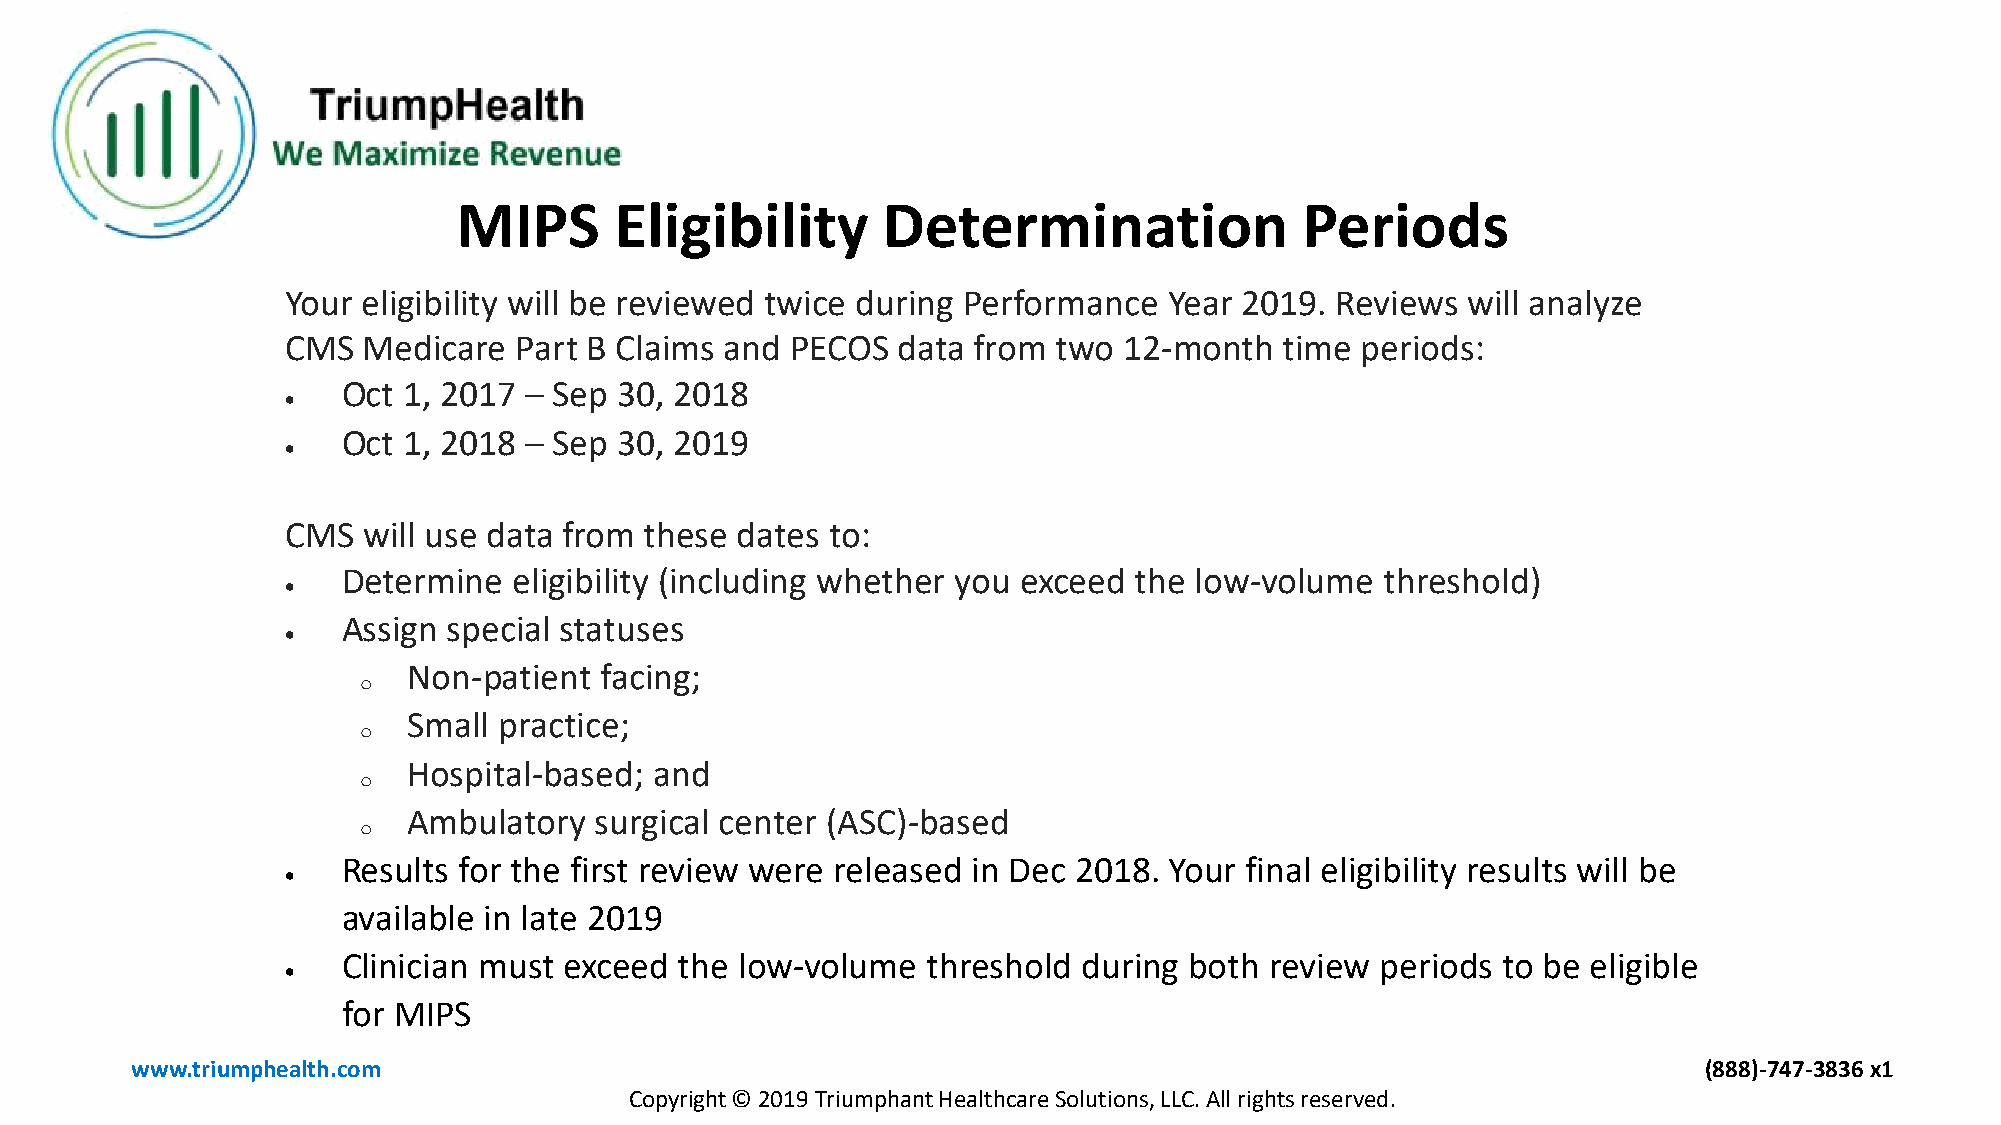
MIPS       Eligibility      Determination               Periods
 Your eligibility will be reviewed twice during Performance Year 2019. Reviews will analyze
 CMS  Medicare  Part B Claims and PECOS  data from  two 12-month   time periods:
 Oct 1, 2017 – Sep 30, 2018
 •
 Oct 1, 2018 – Sep 30, 2019
 •
 CMS  will use data from these dates to:
 Determine  eligibility (including whether you exceed the low-volume  threshold)
 •
 Assign special statuses
 •
 Non-patient  facing;
 o
 Small practice;
 o
 Hospital-based; and
 o
 Ambulatory  surgical center (ASC)-based
 o
 Results for the first review were released in Dec 2018. Your final eligibility results will be
 •
 available in late 2019
 Clinician must exceed the low-volume  threshold  during both review periods to be eligible
 •
 for MIPS
 www.triumphealth.com                                                                                    (888)-747-3836 x1
 Copyright © 2019 Triumphant Healthcare Solutions, LLC. All rights reserved.